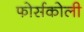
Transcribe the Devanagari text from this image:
फोर्सकोली